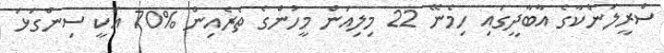
ސްރީލަންކާގެ އާބާދީގައި ހިމެނޭ 22 މިލިއަން މީހުންގެ ތެރެއިން %70 އަކީ ސިންގަޅަ